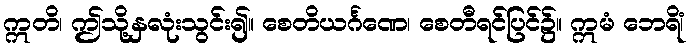
ဣတိ၊ ဤသို့နှလုံးသွင်း၍။ စေတိယင်္ဂဏေ၊ စေတီရင်ပြင်၌။ ဣမံ ဘေရိံ၊